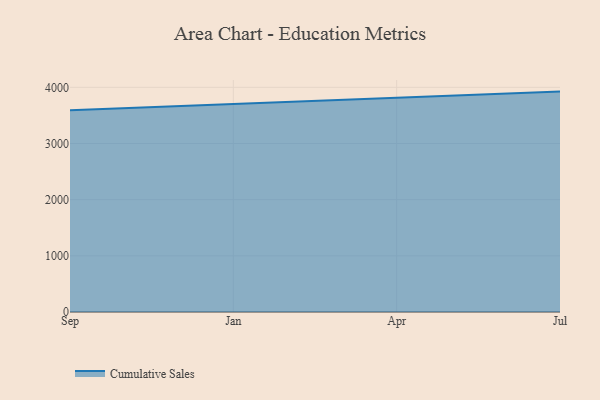
{"axis": {"x": "Month", "y": "Waste Production (Tons)"}, "legend": ["Cumulative Sales"], "data": [{"x": "Sep", "y": 3590.7, "type": "Cumulative Sales"}, {"x": "Jan", "y": 3701.9, "type": "Cumulative Sales"}, {"x": "Apr", "y": 3819.9, "type": "Cumulative Sales"}, {"x": "Jul", "y": 3924.2, "type": "Cumulative Sales"}]}